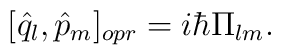
[{\hat{q}}_l, {\hat{p}}_m]_{opr}=i \hbar \Pi_{lm}.